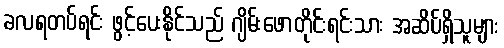
ခလရတပ်ရင်း ဖွင့်ပေးနိုင်သည် ဂျိမ်းဖောတိုင်းရင်းသား အဆိပ်ရှိသူများ